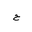
Letter: _ha